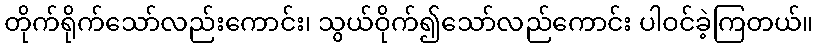
တိုက်ရိုက်သော်လည်းကောင်း၊ သွယ်ဝိုက်၍သော်လည်ကောင်း ပါဝင်ခဲ့ကြတယ်။